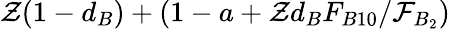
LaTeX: \mathcal{Z}(1-d_{B})+(1-a+\mathcal{Z}d_{B}F_{B10}/\mathcal{F}_{B_{2}})